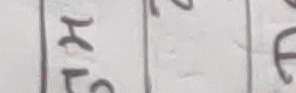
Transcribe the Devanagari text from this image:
हल ६